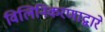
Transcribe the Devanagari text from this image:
विलिनिकरणाद्वारे